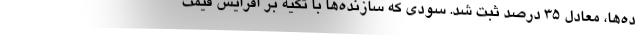
ده‌ها، معادل ۳۵ درصد ثبت شد. سودی که سازنده‌ها با تکیه بر افزایش قیمت